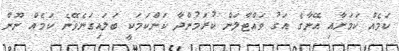
ކަމެއް ކަމަށާއި އޭނާގެ އަގު ވައްޓާލަން ކުރަމުންދާ ކަންކަމަކީ ބަލައިގަނެވޭނެ ކަމެއް ނޫން